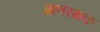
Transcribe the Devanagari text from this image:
प्राणरक्षक